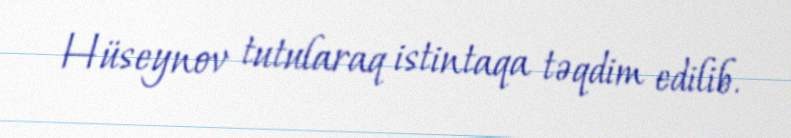
Hüseynov tutularaq istintaqa təqdim edilib.